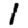
Digit: 1